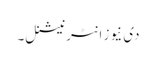
دی نیوز انٹرنیشنل۔